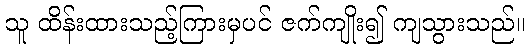
သူ ထိန်းထားသည့်ကြားမှပင် ဇက်ကျိုး၍ ကျသွားသည်။